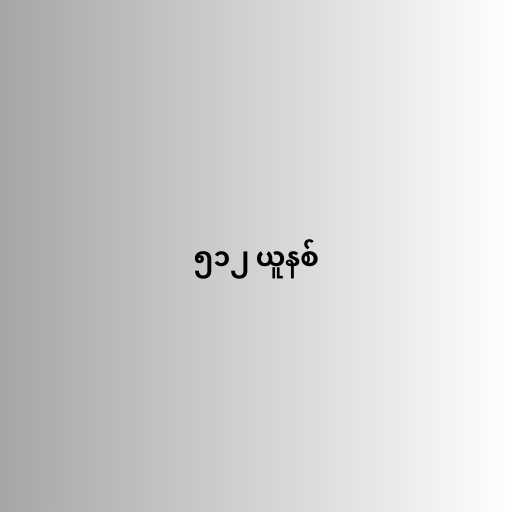
၅၁၂ ယူနစ်